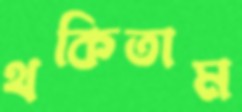
থকিতাম